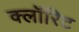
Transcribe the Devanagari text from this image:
क्लॉरिट